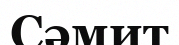
Сәмит